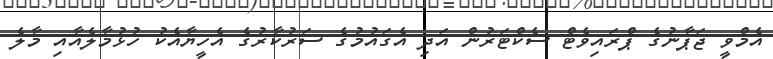
އެމްވީ ޖަޕާނުގެ ޕްރައިވެޓް ސެކްޓަރުން އަދި އެގައުމުގެ ސަރުކާރުގެ އެހީޔާއެކު ހުޅުމާލެއާއި މާލެ